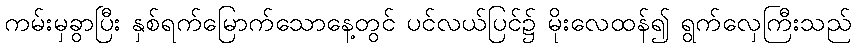
ကမ်းမှခွာပြီး နှစ်ရက်မြောက်သောနေ့တွင် ပင်လယ်ပြင်၌ မိုးလေထန်၍ ရွက်လှေကြီးသည်